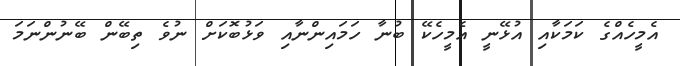
އެމީހެއްގެ ކަމަކާއި އުޅޭނީ އެމީހެކޭ ބުނާ ހަމައިންނާއި ވަޅުބޮކަށް ނުވެ ތިބޭން ބޭނުންނަމަ